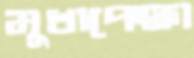
মুখাপেক্ষা